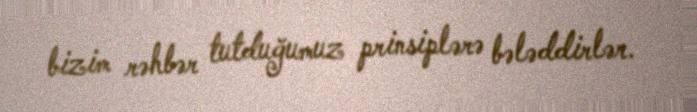
bizim rəhbər tutduğumuz prinsiplərə bələddirlər.